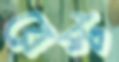
রেস্ট